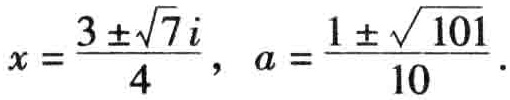
\(x = \frac{3 \pm \sqrt{7}i}{4}, \ a = \frac{1 \pm \sqrt{101}}{10}\)